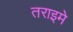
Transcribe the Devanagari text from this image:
तराइमे